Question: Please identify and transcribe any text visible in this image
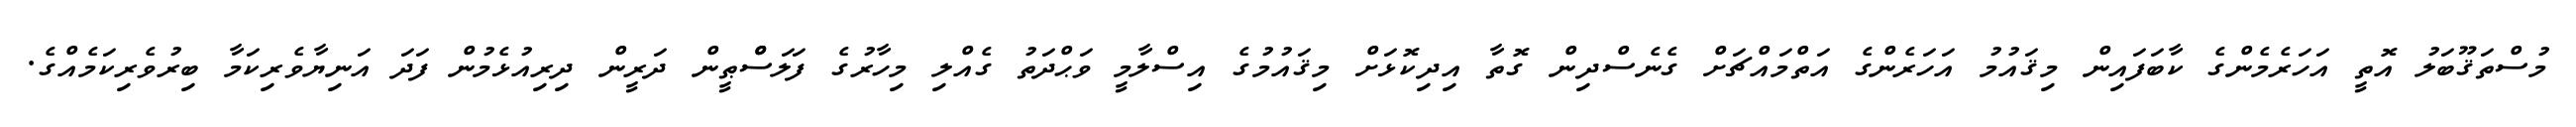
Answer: މުސްތަޤޫބަލު އޮތީ އަހަރެމެންގެ ކާބަފައިން މިޤައުމު އަހަރެންގެ އަތްމައްޗަށް ގެނެސްދިން ގޮތާ އިދިކޮޅަށް މިޤައުމުގެ އިސްލާމީ ވަޙްދަތު ގެއްލި މިހާރުގެ ފަލަސްްޠީން ދަރީން ދިރިއުޅެމުން ފަދަ އަނިޔާވެރިކަމާ ބިރުވެރިކަމެއްގެ.